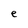
Character: e